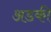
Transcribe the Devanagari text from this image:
अडकी